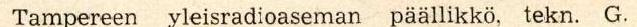
Tampereen radioaseman päällikkö, tekn. G.